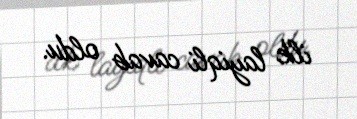
ilk layiqli cavab oldu.